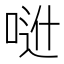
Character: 𠶆